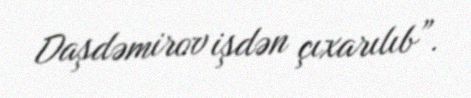
Daşdəmirov işdən çıxarılıb”.